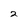
Character: 2